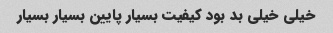
خیلی خیلی بد بود کیفیت بسیار پایین بسیار بسیار